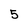
Character: 5